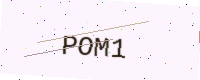
Text: POM1